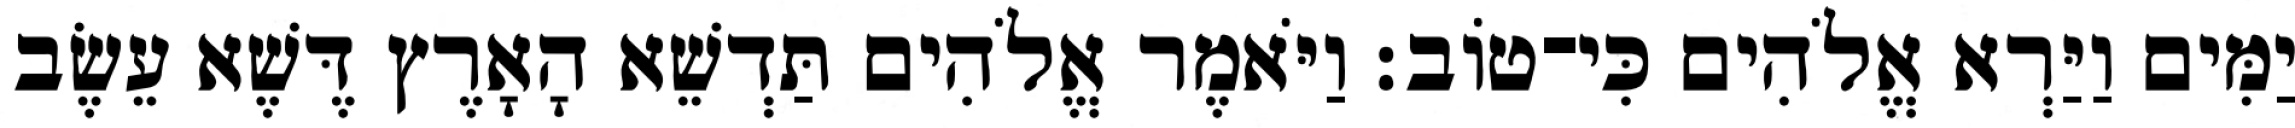
יַמִּים וַיַּרְא אֱלֹהִים כִּי־טֹוב׃ וַיֹּאמֶר אֱלֹהִים תַּדְשֵׁא הָאָרֶץ דֶּשֶׁא עֵשֶׂב